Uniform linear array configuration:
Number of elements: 64
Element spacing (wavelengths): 1
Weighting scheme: binomial
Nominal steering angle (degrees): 30
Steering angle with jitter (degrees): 28.674
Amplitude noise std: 0.05
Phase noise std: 0.05

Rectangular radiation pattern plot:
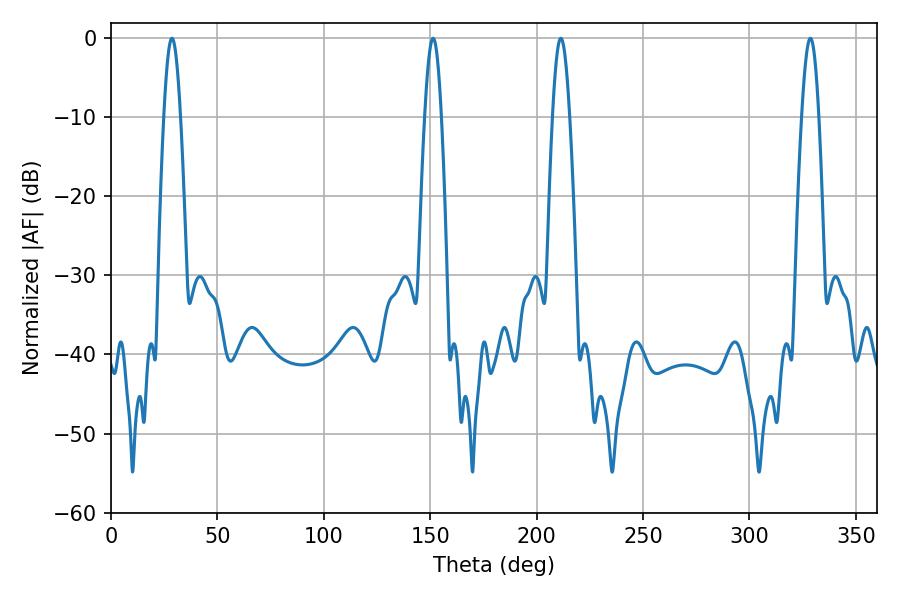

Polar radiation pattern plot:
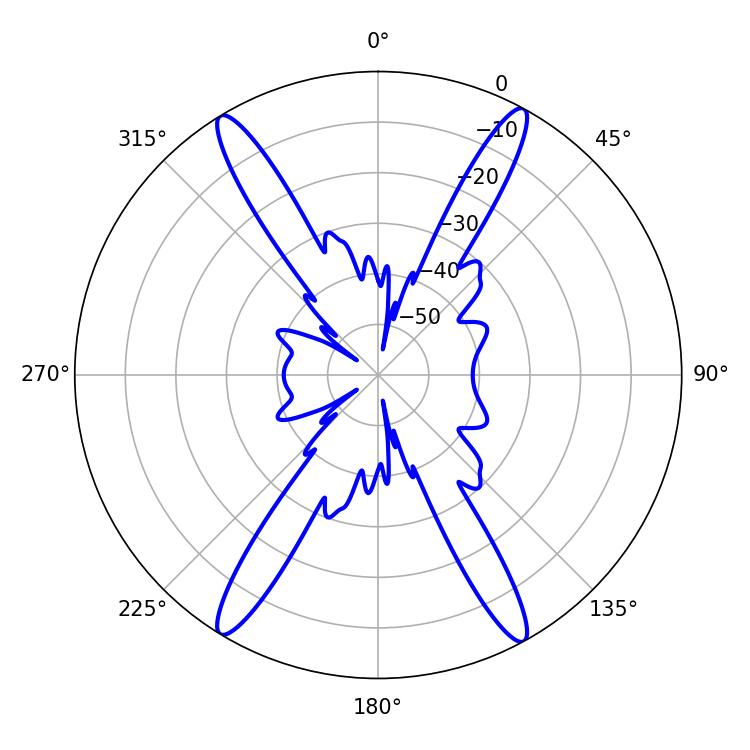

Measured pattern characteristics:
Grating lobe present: TRUE
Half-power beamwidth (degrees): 4.14
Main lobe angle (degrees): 28.62